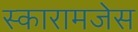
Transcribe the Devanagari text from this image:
स्कारामजेस